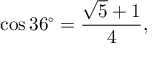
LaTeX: \cos 3 6 ^ { \circ } = { \frac { { \sqrt { 5 } } + 1 } { 4 } } ,